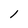
Character: l